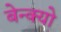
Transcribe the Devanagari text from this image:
बेन्क्यो